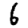
Digit: 6